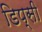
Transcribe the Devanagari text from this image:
डिप्सी